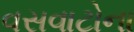
વસવાટોના